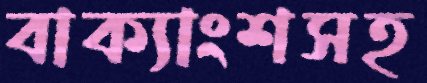
বাক্যাংশসহ